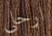
ارحلي